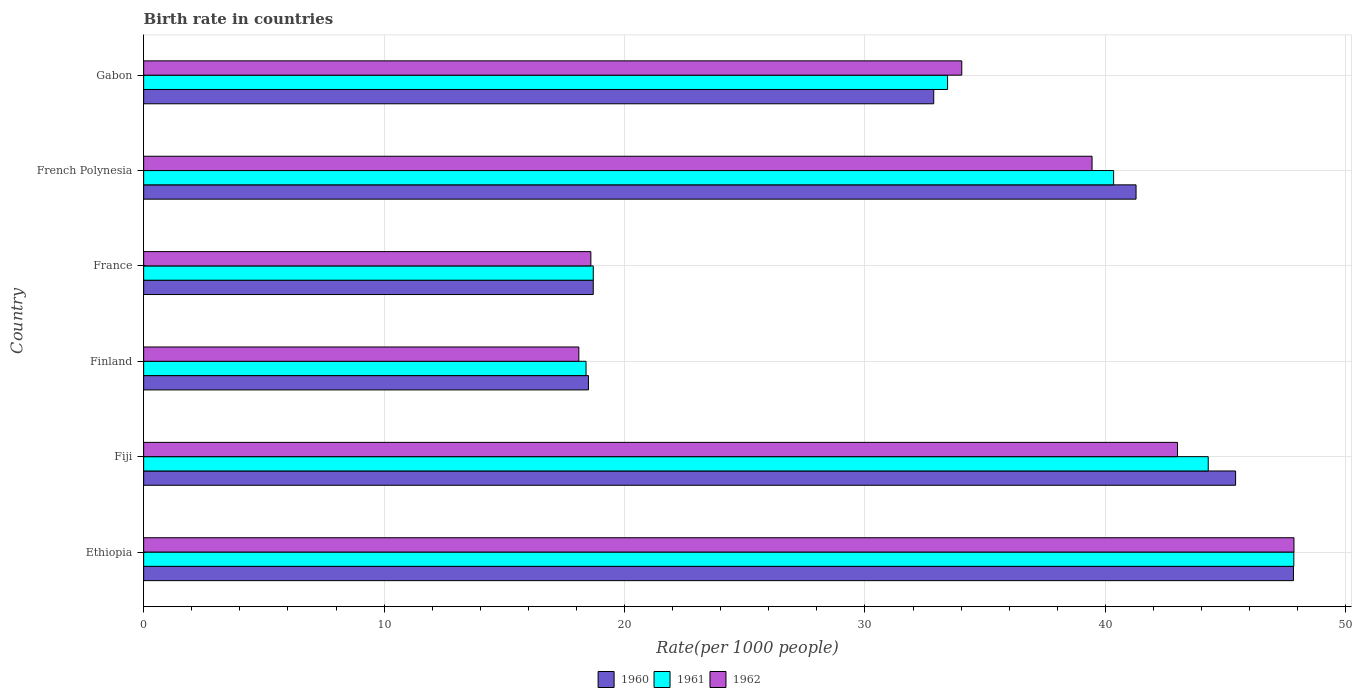
| Country | 1960 | 1961 | 1962 |
 | --- | --- | --- | --- |
 | Ethiopia | 47.8 | 47.8 | 47.8 |
 | Fiji | 45.4 | 44.3 | 43 |
 | Finland | 18.5 | 18.4 | 18.1 |
 | France | 18.7 | 18.7 | 18.6 |
 | French Polynesia | 41.3 | 40.3 | 39.4 |
 | Gabon | 32.9 | 33.4 | 34 |